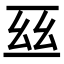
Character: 𠄮